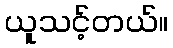
ယူသင့်တယ်။